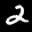
Label: 2